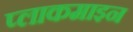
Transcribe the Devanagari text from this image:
प्लाकमाइन